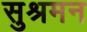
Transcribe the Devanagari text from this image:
सुश्रमन